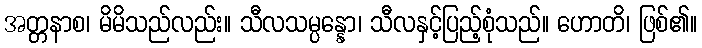
အတ္တနာစ၊ မိမိသည်လည်း။ သီလသမ္ပန္နော၊ သီလနှင့်ပြည့်စုံသည်။ ဟောတိ၊ ဖြစ်၏။